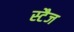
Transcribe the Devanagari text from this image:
स्टैज